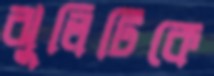
ঝুলিটিকে